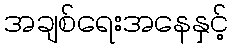
အချစ်ရေးအနေနှင့်